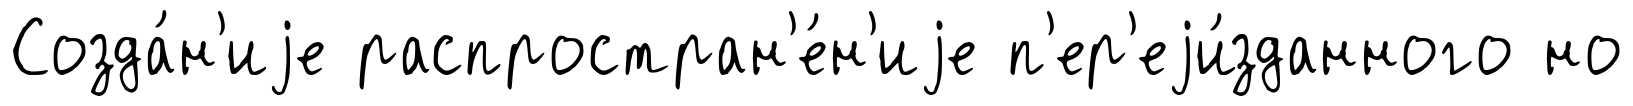
Созда́н'иjе распростран'е́н'иjе п'ер'еjи́зданного но